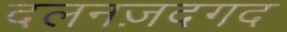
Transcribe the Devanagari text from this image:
दलनज़दगद